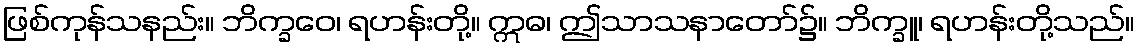
ဖြစ်ကုန်သနည်း။ ဘိက္ခဝေ၊ ရဟန်းတို့။ ဣဓ၊ ဤသာသနာတော်၌။ ဘိက္ခူ၊ ရဟန်းတို့သည်။